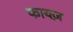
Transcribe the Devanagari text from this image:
फायज़